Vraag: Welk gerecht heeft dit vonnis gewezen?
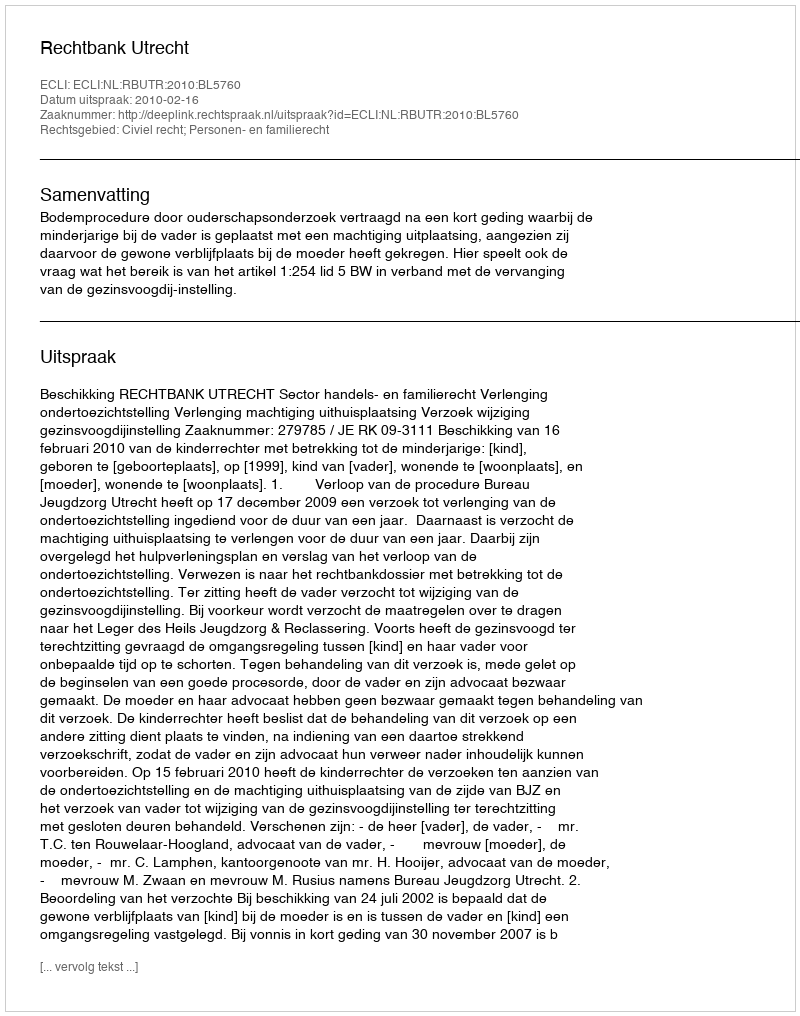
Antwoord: Rechtbank Utrecht